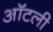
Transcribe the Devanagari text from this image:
ऑटली